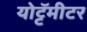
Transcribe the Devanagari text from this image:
योट्टॅमीटर